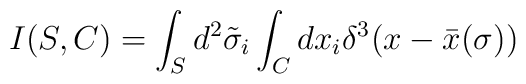
I(S,C) = \int_{S} d^2 \tilde{\sigma}_i \int_{C} dx_i \delta^3 (x -\bar{x} (\sigma))